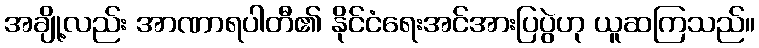
အချို့လည်း အာဏာရပါတီ၏ နိုင်ငံရေးအင်အားပြပွဲဟု ယူဆကြသည်။